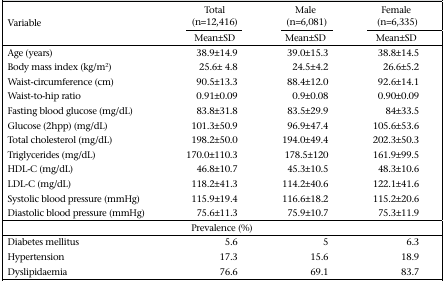
| <ROWSPAN=2> Variable | Total (n=12,416) | Male (n=6,081) | Female (n=6,335) |
 | Mean±SD | Mean±SD | Mean±SD |
 | --- | --- | --- | --- |
 | Age (years) | 38.9±14.9 | 39.0±15.3 | 38.8±14.5 |
 | Body mass index (kg/m2) | 25.6± 4.8 | 24.5±4.2 | 26.6±5.2 |
 | Waist-circumference (cm) | 90.5±13.3 | 88.4±12.0 | 92.6±14.1 |
 | Waist-to-hip ratio | 0.91±0.09 | 0.9±0.08 | 0.90±0.09 |
 | Fasting blood glucose (mg/dL) | 83.8±31.8 | 83.5±29.9 | 84±33.5 |
 | Glucose (2hpp) (mg/dL) | 101.3±50.9 | 96.9±47.4 | 105.6±53.6 |
 | Total cholesterol (mg/dL) | 198.2±50.0 | 194.0±49.4 | 202.3±50.3 |
 | Triglycerides (mg/dL) | 170.0±110.3 | 178.5±120 | 161.9±99.5 |
 | HDL-C (mg/dL) | 46.8±10.7 | 45.3±10.5 | 48.3±10.6 |
 | LDL-C (mg/dL) | 118.2±41.3 | 114.2±40.6 | 122.1±41.6 |
 | Systolic blood pressure (mmHg) | 115.9±19.4 | 116.6±18.2 | 115.2±20.6 |
 | Diastolic blood pressure (mmHg) | 75.6±11.3 | 75.9±10.7 | 75.3±11.9 |
 | <COLSPAN=4> Prevalence (%) |
 | Diabetes mellitus | 5.6 | 5 | 6.3 |
 | Hypertension | 17.3 | 15.6 | 18.9 |
 | Dyslipidaemia | 76.6 | 69.1 | 83.7 |